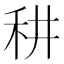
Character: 𥝷